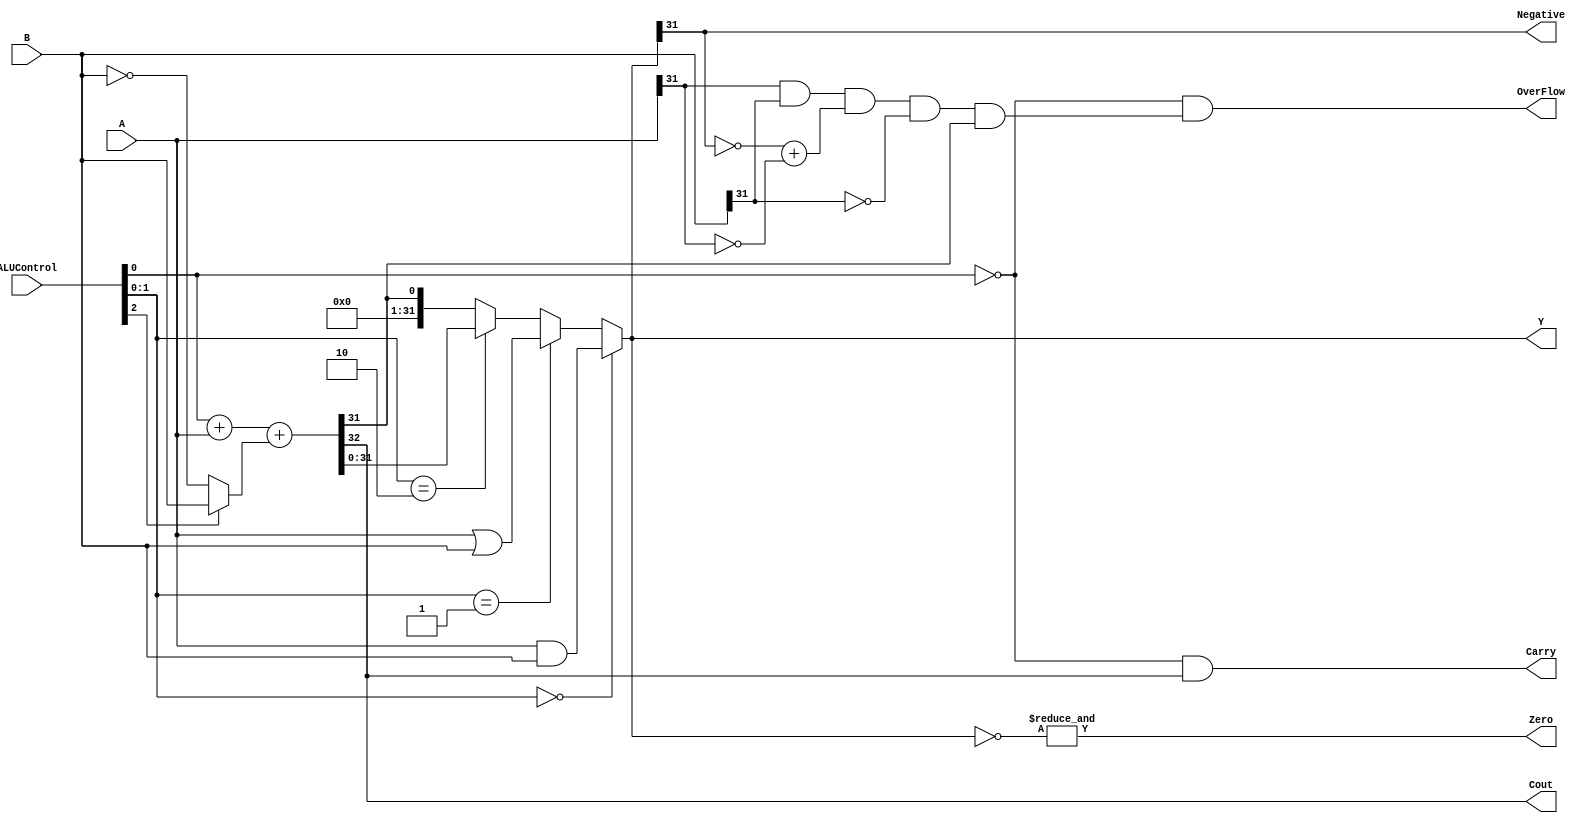
// Code your design here
/* ALU
000 A & B
001 A | B
010 A + B
110 A - B
111 SLT
*/


module ALU(A, 
B,
ALUControl, 
Y, 
Cout, 
Carry,
OverFlow,
Negative,
Zero);

//INPUTS
input [31:0]A,B;
input [2:0]ALUControl; //8 operations


//OUTPUTS
output [31:0]Y;
output Cout,Carry,OverFlow,Zero,Negative;

//WIRES
wire [31:0] A_AND_B;
wire [31:0] A_OR_B;
wire [31:0] Mux_Out; // for 2's complement
wire [31:0] Sum;
wire Cout;


//LOGIC
assign A_AND_B = A & B;
assign A_OR_B = A | B;
assign Mux_Out = (~ALUControl[2])? (~B):(B);
assign {Cout,Sum} = ALUControl[0] + A + Mux_Out;
assign Y = (ALUControl[1:0] == 2'b00) ? A_AND_B :
    (ALUControl[1:0] == 2'b01) ? A_OR_B :
    (ALUControl[1:0] == 2'b10) ? Sum : 
{{31{1'b0}},Sum[31]};
  assign OverFlow = (~ALUControl[0])&(A[31] & B[31] & (~Y[31]) + (~A[31]) & (~B[31]) & Sum[31]);
assign Carry = ((~ALUControl[0]) & Cout);
assign Zero = &(~Y);
assign Negative = Y[31];    
endmodule